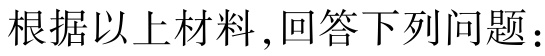
根据以上材料，回答下列问题：